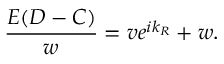
\frac { E ( D - C ) } { w } = v e ^ { i k _ { R } } + w .